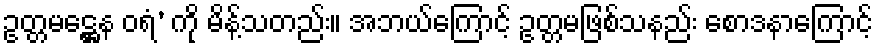
ဥတ္တမဋ္ဌေန ဝရံ’ ကို မိန့်သတည်း။ အဘယ်ကြောင့် ဥတ္တမဖြစ်သနည်း စောဒနာကြောင့်